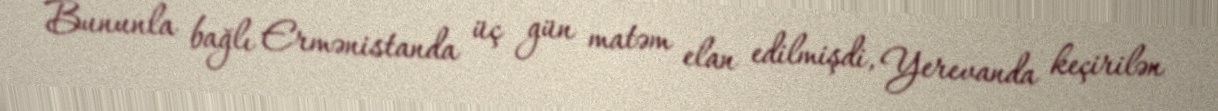
Bununla bağlı Ermənistanda üç gün matəm elan edilmişdi, Yerevanda keçirilən